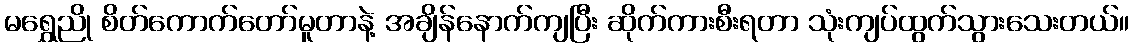
မရွှေညို စိတ်ကောက်တော်မူတာနဲ့ အချိန်နောက်ကျပြီး ဆိုက်ကားစီးရတာ သုံးကျပ်ထွက်သွားသေးတယ်။